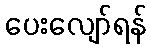
ပေးလျော်ရန်